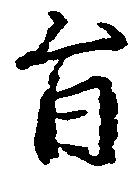
旨